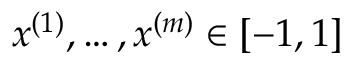
x ^ { ( 1 ) } , \ldots , x ^ { ( m ) } \in [ - 1 , 1 ]